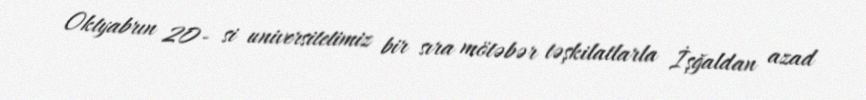
Oktyabrın 20- si universitetimiz bir sıra mötəbər təşkilatlarla İşğaldan azad